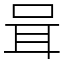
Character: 咠